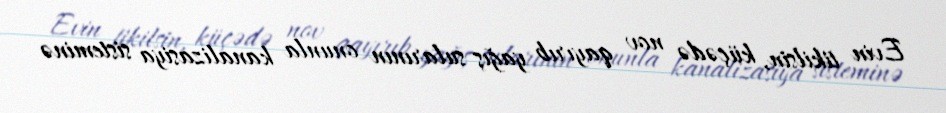
Evin tikilsin, küçədə nov qayırıb yağış sularının onunla kanalizasiya sisteminə